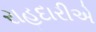
રાહદારીએ